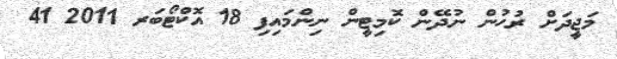
މަޖީދަށް ރުހުން ނުދޭން ކޮމިޓީން ނިންމައިފި 18 އޮކްޓޯބަރ 2011 41